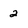
Character: 2